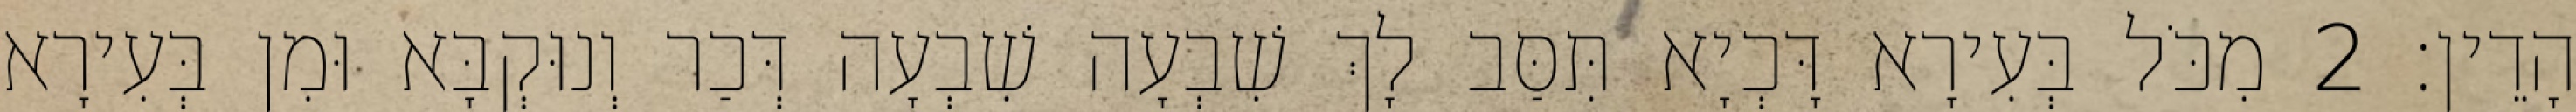
הָדֵין׃ 2 מִכֹּל בְּעִירָא דָּכְיָא תִּסַּב לָךְ שִׁבְעָה שִׁבְעָה דְּכַר וְנוּקְבָּא וּמִן בְּעִירָא